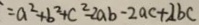
= a ^ { 2 } + b ^ { 2 } + c ^ { 2 } - 2 a b - 2 a c + 2 b c